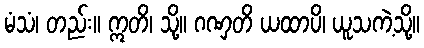
မံသံ၊ တည်း။ ဣတိ၊ သို့။ ဂဏှတိ ယထာပိ၊ ယူသကဲ့သို့။